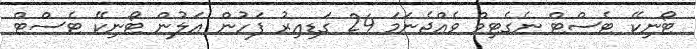
ޓޯނިކޭ ޓެސްޓް ނެގެޓިވް ވެއްޖެނަމަ 24 ގަޑިއިރު ފަހުން އަލުން ޓޯނިކޭ ޓެސްޓް